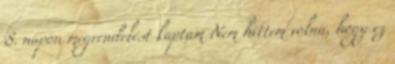
8. napon megrendelést kaptam Nem hittem volna, hogy ez